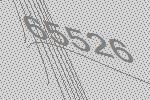
65526